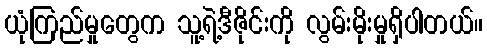
ယုံကြည်မှုတွေက သူ့ရဲ့ဒီဇိုင်းကို လွမ်းမိုးမှုရှိပါတယ်။